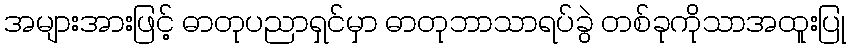
အများအားဖြင့် ဓာတုပညာရှင်မှာ ဓာတုဘာသာရပ်ခွဲ တစ်ခုကိုသာအထူးပြု